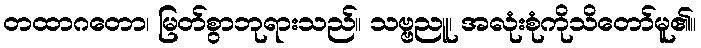
တထာဂတော၊ မြတ်စွာဘုရားသည်။ သဗ္ဗညူ၊ အလုံးစုံကိုသိတော်မူ၏။